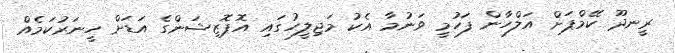
ރީނދޫ ކޭމްޕަށް އަލްހާން ފަހުމީ ވަނުމާ އެކު މަޖިލީހުގައި އޮޕޮޒިޝަންގެ އަޑަށް ހީނަރުކަމެއް